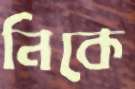
নিকে